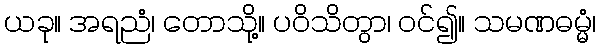
ယခု။ အရညံ၊ တောသို့။ ပဝိသိတွာ၊ ဝင်၍။ သမဏဓမ္မံ၊